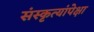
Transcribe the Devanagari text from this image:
संस्कृत्यांपेक्षा